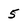
Character: 5